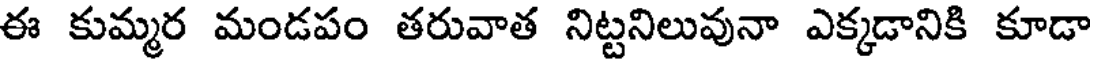
ఈ కుమ్మర మండపం తరువాత నిట్టనిలువునా ఎక్కడానికి కూడా